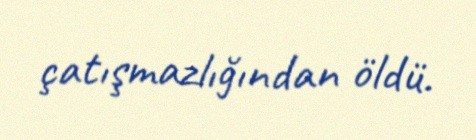
çatışmazlığından öldü.